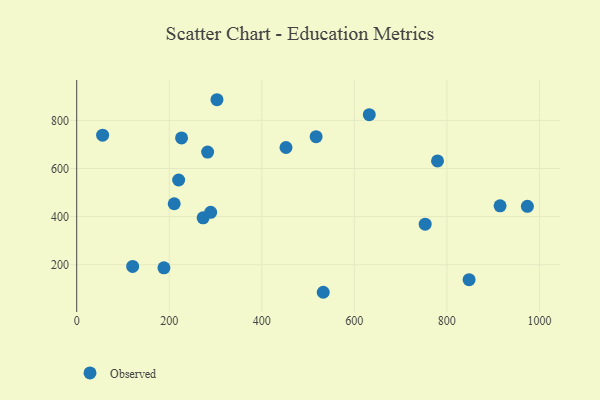
{"axis": {"x": "Experience", "y": "Fuel Efficiency"}, "legend": ["Observed"], "data": [{"x": "188.5", "y": 187.3, "type": "Observed"}, {"x": "273.2", "y": 394.9, "type": "Observed"}, {"x": "289.5", "y": 418.1, "type": "Observed"}, {"x": "779.8", "y": 631.4, "type": "Observed"}, {"x": "282.9", "y": 668.2, "type": "Observed"}, {"x": "517.4", "y": 732.2, "type": "Observed"}, {"x": "226.6", "y": 727.1, "type": "Observed"}, {"x": "220.3", "y": 552.2, "type": "Observed"}, {"x": "303.1", "y": 885.9, "type": "Observed"}, {"x": "210.7", "y": 453.6, "type": "Observed"}, {"x": "974.0", "y": 442.9, "type": "Observed"}, {"x": "915.0", "y": 444.8, "type": "Observed"}, {"x": "632.3", "y": 823.8, "type": "Observed"}, {"x": "452.3", "y": 687.4, "type": "Observed"}, {"x": "56.0", "y": 738.7, "type": "Observed"}, {"x": "532.8", "y": 85.6, "type": "Observed"}, {"x": "753.1", "y": 368.5, "type": "Observed"}, {"x": "120.9", "y": 193.2, "type": "Observed"}, {"x": "848.0", "y": 138.0, "type": "Observed"}]}